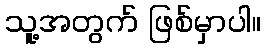
သူ့အတွက် ဖြစ်မှာပါ။